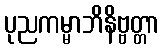
ပုညကမ္မာဘိနိဗ္ဗတ္တာ